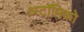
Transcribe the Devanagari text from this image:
अटॉमिको